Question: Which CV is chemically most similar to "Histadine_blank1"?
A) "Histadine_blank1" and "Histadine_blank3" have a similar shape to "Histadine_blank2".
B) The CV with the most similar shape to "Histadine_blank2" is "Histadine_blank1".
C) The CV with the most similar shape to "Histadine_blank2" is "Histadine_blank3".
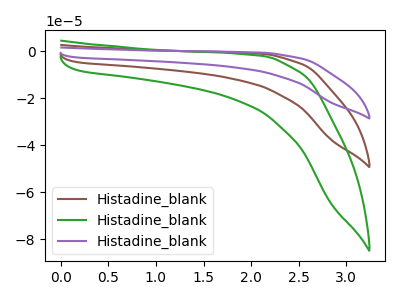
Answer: <think>The brown curve "Histadine_blank1" has no peaks. The green curve "Histadine_blank2" has no peaks. The purple curve "Histadine_blank3" has no peaks.
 Neither "Histadine_blank1" or "Histadine_blank2" have any peaks. Neither "Histadine_blank1" or "Histadine_blank3" have any peaks. Neither "Histadine_blank2" or "Histadine_blank3" have any peaks.</think>
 <answer>A) "Histadine_blank1" and "Histadine_blank3" have a similar shape to "Histadine_blank2".</answer>
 <eval>A</eval>